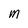
Character: m